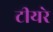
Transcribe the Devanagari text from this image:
टीयरे